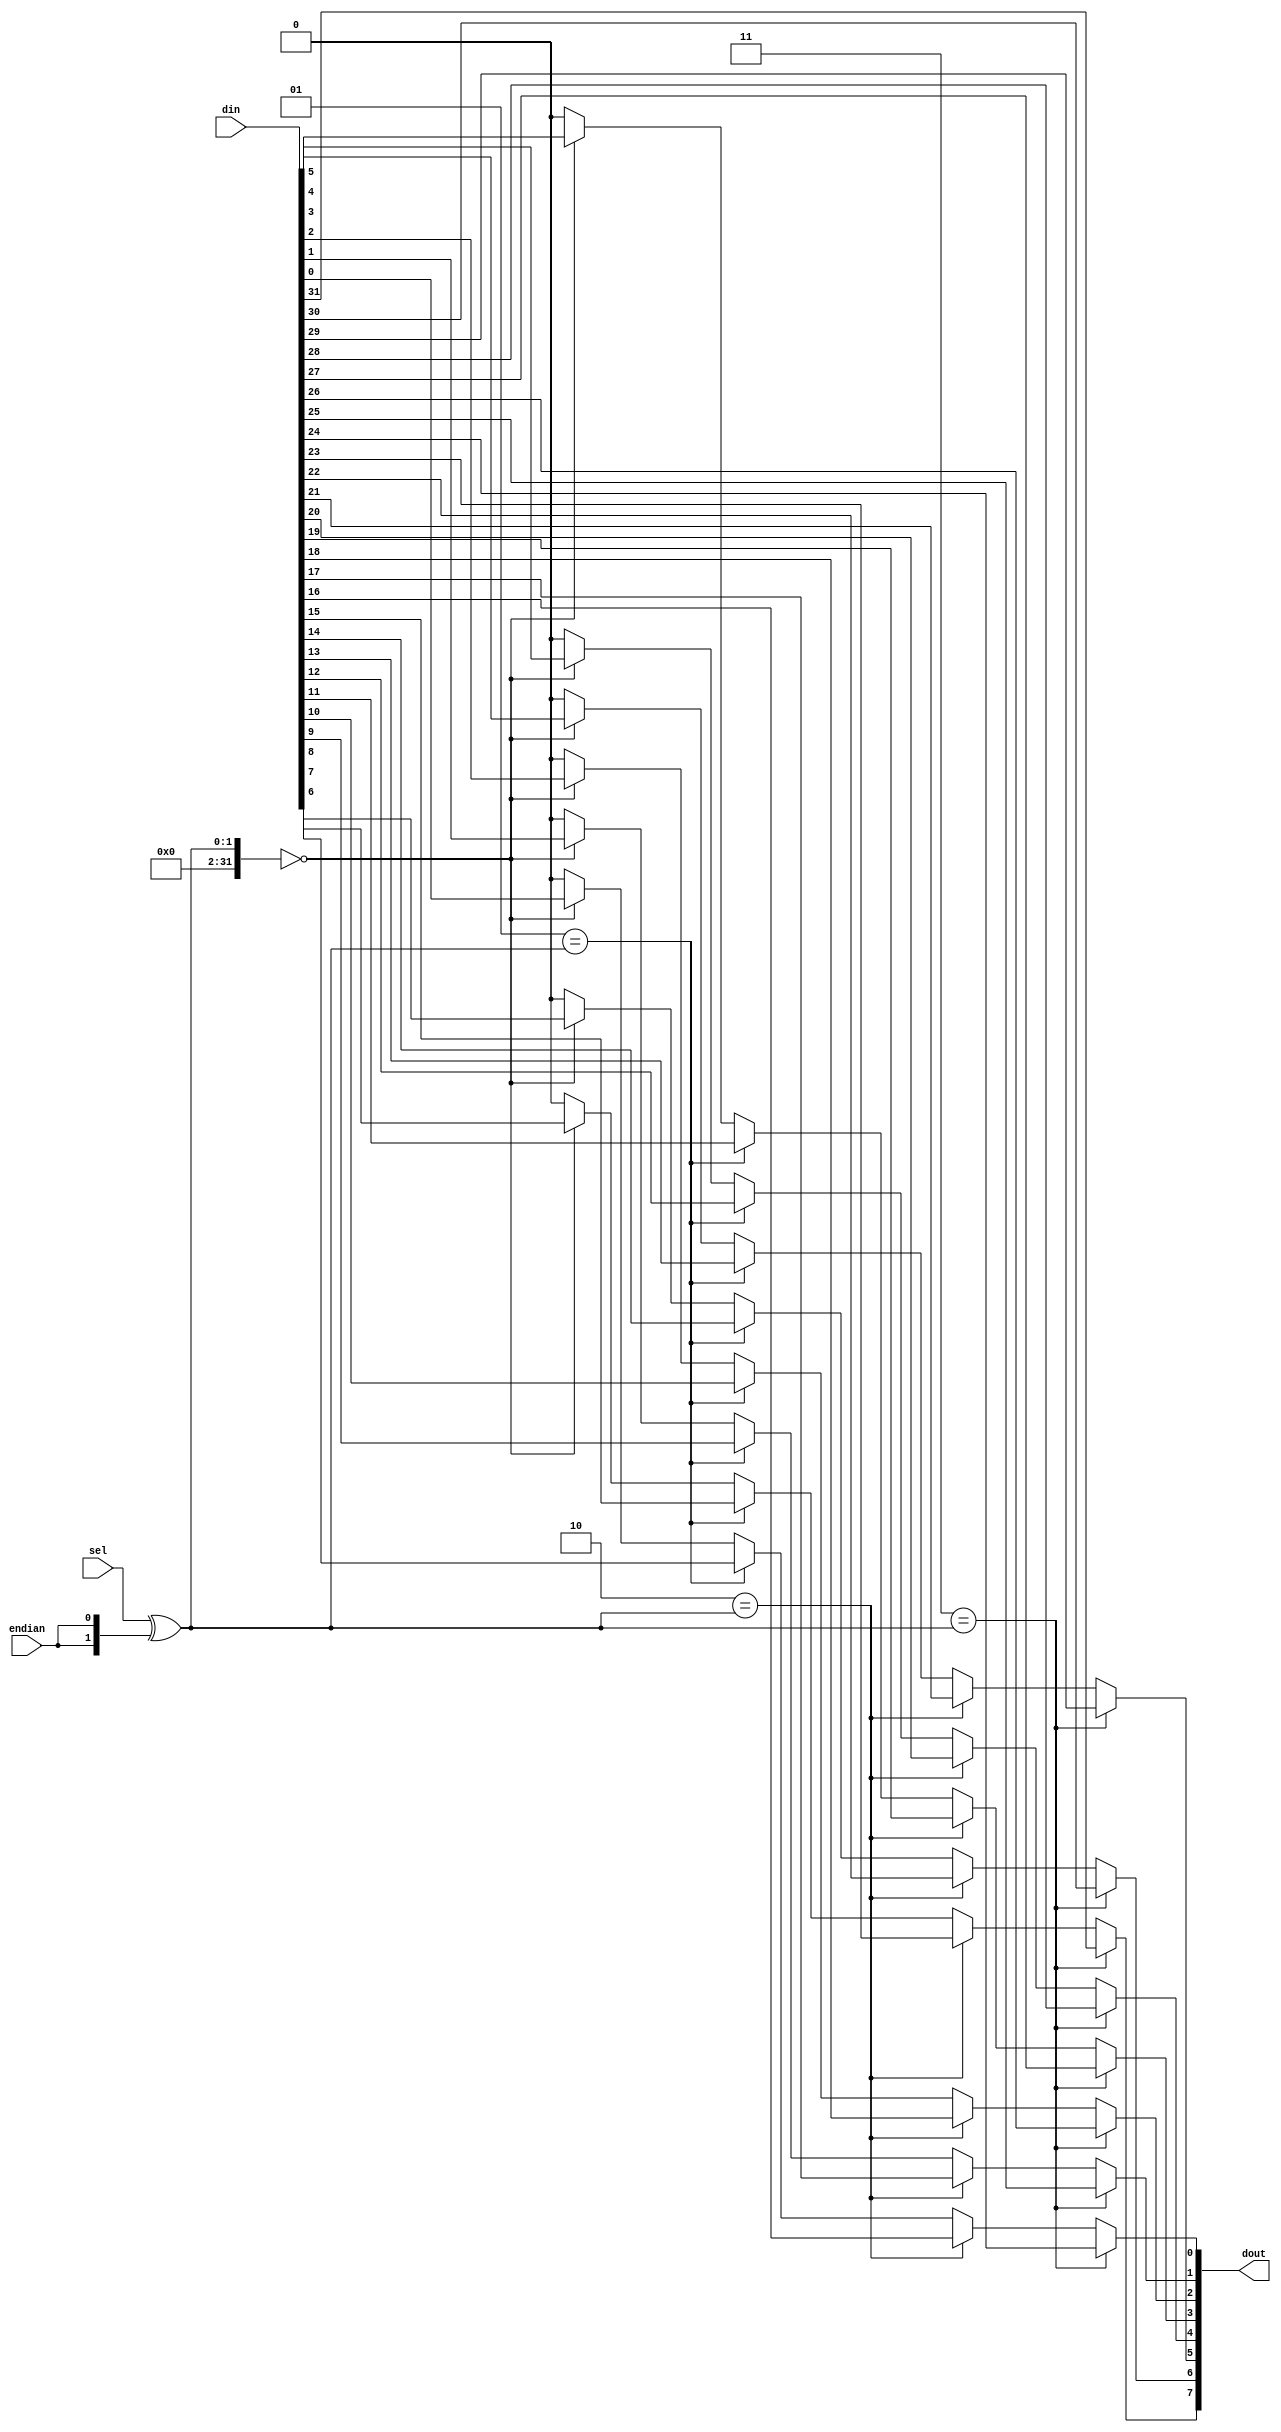
// ---------------------------------------------------------------------------
//  Jelly  -- The platform for real-time computing
//
//                                 Copyright (C) 2008-2020 by Ryuji Fuchikami
//                                 https://github.com/ryuz/jelly.git
// ---------------------------------------------------------------------------



`timescale 1ns / 1ps
`default_nettype none



// multiplexer
module jelly_multiplexer
        #(
            parameter   SEL_WIDTH = 2,
            parameter   NUM       = (1 << SEL_WIDTH),
            parameter   OUT_WIDTH = 8,
            parameter   IN_WIDTH  = (OUT_WIDTH * NUM),
            
            parameter   SEL_BITS  = SEL_WIDTH > 0 ? SEL_WIDTH : 1
        )
        (
            input   wire                        endian,
            input   wire    [SEL_BITS-1:0]      sel,
            input   wire    [IN_WIDTH-1:0]      din,
            output  wire    [OUT_WIDTH-1:0]     dout
        );
    
    // verilator lint_off WIDTH
    generate
    if ( SEL_WIDTH > 0 ) begin
        reg     [OUT_WIDTH-1:0]     sig_dout;
        
        integer i;
        integer j;
        always @* begin
            sig_dout = {OUT_WIDTH{1'b0}};
            for ( i = 0; i < NUM; i = i + 1 ) begin
                if ( i == (sel ^ {SEL_WIDTH{endian}}) ) begin
                    for ( j = 0; j < OUT_WIDTH; j = j + 1 ) begin
                        sig_dout[j] = din[OUT_WIDTH*i + j];
                    end
                end
            end
        end
        
        assign dout = sig_dout;
    end
    else begin
        assign dout = din;
    end
    endgenerate
    // verilator lint_on WIDTH
    
endmodule



`default_nettype wire


// end of file